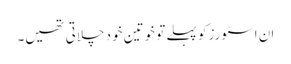
ان اسٹورز کو پہلے تو خوتین خود چلاتی تھیں۔